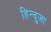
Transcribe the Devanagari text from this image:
हिन्दुजा